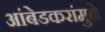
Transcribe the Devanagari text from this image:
आंबेडकरांमुळे